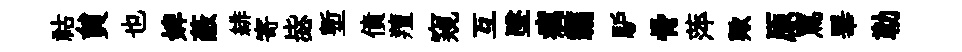
祜貟也婢蔽緋寄毖塹債羶窺互墜癘霸馿骨萍歟原罵畢勒